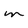
Character: m